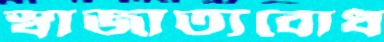
স্বাজাত্যবোধ